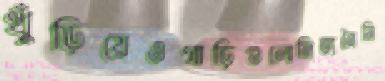
খুঁড়িয়েওগাড়িগুলোনিত্যনৈমি